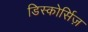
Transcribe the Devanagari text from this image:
डिस्कोर्सिज़